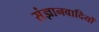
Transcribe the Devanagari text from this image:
संज्ञानवादियों